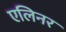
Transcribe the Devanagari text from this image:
एलिनर